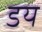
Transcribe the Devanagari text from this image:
डय